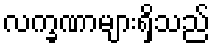
လက္ခဏာများရှိသည်